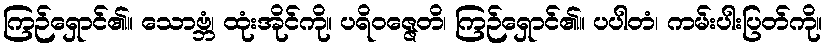
ကြဉ်ရှောင်၏။ သောဗ္ဘံ၊ ထုံးအိုင်ကို။ ပရိဝဇ္ဇေတိ၊ ကြဉ်ရှောင်၏။ ပပါတံ၊ ကမ်းပါးပြတ်ကို။